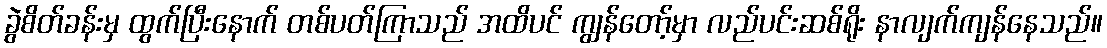
ခွဲစိတ်ခန်းမှ ထွက်ပြီးနောက် တစ်ပတ်ကြာသည် အထိပင် ကျွန်တော့်မှာ လည်ပင်းဆစ်ရိုး နာလျက်ကျန်နေသည်။